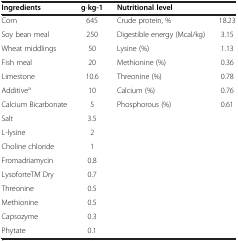
| Ingredients | g·kg-1 | Nutritional level |  |
 | --- | --- | --- | --- |
 | Corn | 645 | Crude protein, % | 18.23 |
 | Soy bean meal | 250 | Digestible energy (Mcal/kg) | 3.15 |
 | Wheat middlings | 50 | Lysine (%) | 1.13 |
 | Fish meal | 20 | Methionine (%) | 0.36 |
 | Limestone | 10.6 | Threonine (%) | 0.78 |
 | Additivea | 10 | Calcium (%) | 0.76 |
 | Calcium Bicarbonate | 5 | Phosphorous (%) | 0.61 |
 | Salt | 3.5 |  |  |
 | L-lysine | 2 |  |  |
 | Choline chloride | 1 |  |  |
 | Fromadriamycin | 0.8 |  |  |
 | LysoforteTM Dry | 0.7 |  |  |
 | Threonine | 0.5 |  |  |
 | Methionine | 0.5 |  |  |
 | Capsozyme | 0.3 |  |  |
 | Phytate | 0.1 |  |  |